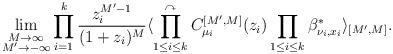
LaTeX: \begin{align*}\lim_{\begin{subarray}{c} M \to \infty \\ M' \to -\infty \end{subarray}}\prod_{i=1}^{k}\frac{z_{i}^{M'-1}}{(1+z_{i})^{M}} \langle \prod_{1\le i \le k}^{\curvearrowright}C_{\mu_{i}}^{[M', M]}(z_{i})\prod_{1\le i \le k}\beta_{\nu_{i}, x_{i}}^{*}\rangle_{[M', M]}. \end{align*}